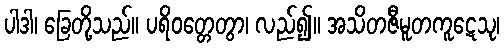
ပါဒါ၊ ခြေတို့သည်။ ပရိဝတ္တေတွာ၊ လည်၍။ အသိတဇီမူတကူဋေသု၊